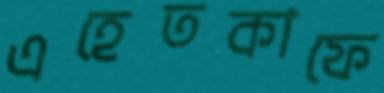
এহেতকাফে